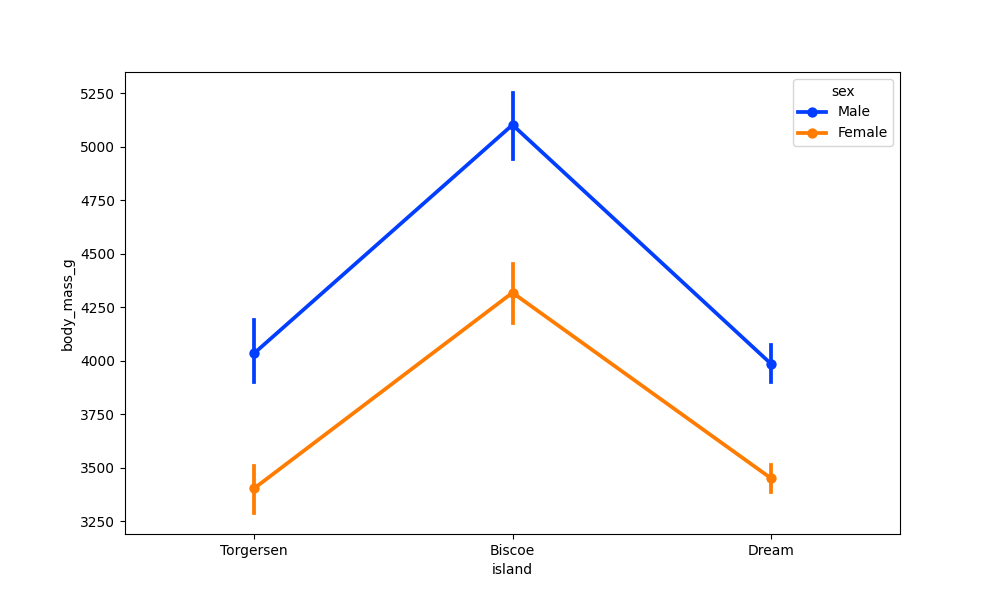
python, seaborn, pointplot, scale=1.0, join=True, hue='sex', palette='bright'